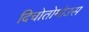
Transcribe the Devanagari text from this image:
दिचोतोमोउस